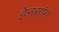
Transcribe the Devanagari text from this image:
हेनसांग